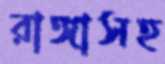
রাঙ্গাসহ